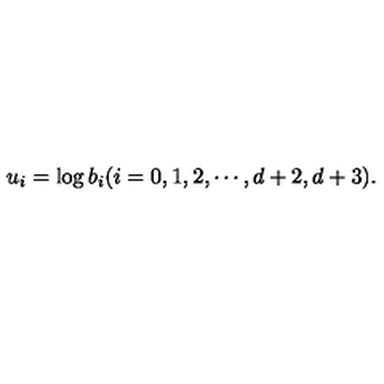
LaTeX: u _ { i } = \log b _ { i } ( i = 0 , 1 , 2 , \cdots , { d + 2 } , { d + 3 } ) .